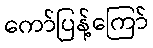
ကော်ပြန့်ကြော်